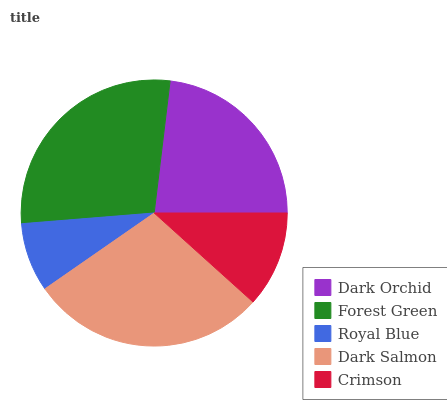
| Dark Orchid | Forest Green | Royal Blue | Dark Salmon | Crimson |
 | --- | --- | --- | --- | --- |
 | 23.1% | 28.2% | 8.39% | 28.7% | 11.7% |